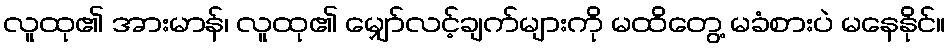
လူထု၏ အားမာန်၊ လူထု၏ မျှော်လင့်ချက်များကို မထိတွေ့ မခံစားပဲ မနေနိုင်။